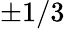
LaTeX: \pm 1/3